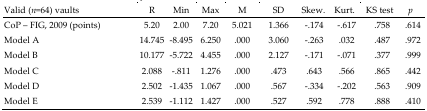
| Valid (n=64) vaults | R | Min | Max | M | SD | Skew. | Kurt. | KS test | p |
 | --- | --- | --- | --- | --- | --- | --- | --- | --- | --- |
 | CoP – FIG, 2009 (points) | 5.20 | 2.00 | 7.20 | 5.021 | 1.366 | −.174 | −.617 | .758 | .614 |
 | Model A | 14.745 | −8.495 | 6.250 | .000 | 3.060 | −.263 | .032 | .487 | .972 |
 | Model B | 10.177 | −5.722 | 4.455 | .000 | 2.127 | −.171 | −.071 | .377 | .999 |
 | Model C | 2.088 | −.811 | 1.276 | .000 | .473 | .643 | .566 | .865 | .442 |
 | Model D | 2.502 | −1.435 | 1.067 | .000 | .567 | −.334 | −.202 | .563 | .909 |
 | Model E | 2.539 | −1.112 | 1.427 | .000 | .527 | .592 | .778 | .888 | .410 |